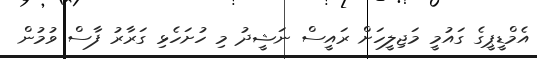
އެމްޑީޕީގެ ގައުމީ މަޖިލީހަށް ރައީސް ނަޝީދު މި ހުށަހެޅި ގަރާރު ފާސް ވުމުން